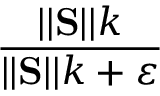
\frac { | | \mathbf { S } | | k } { | | \mathbf { S } | | k + \varepsilon }